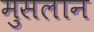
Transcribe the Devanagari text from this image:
मुसलान